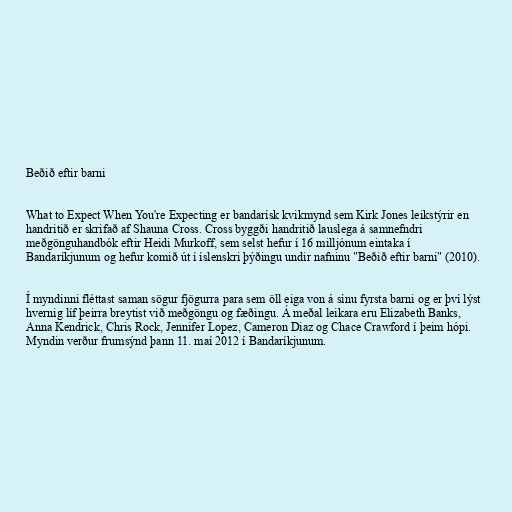
Beðið eftir barni

What to Expect When You're Expecting er bandarísk kvikmynd sem Kirk Jones leikstýrir en
handritið er skrifað af Shauna Cross. Cross byggði handritið lauslega á samnefndri
meðgönguhandbók eftir Heidi Murkoff, sem selst hefur í 16 milljónum eintaka í
Bandaríkjunum og hefur komið út í íslenskri þýðingu undir nafninu "Beðið eftir barni" (2010).

Í myndinni fléttast saman sögur fjögurra para sem öll eiga von á sínu fyrsta barni og er því lýst
hvernig líf þeirra breytist við meðgöngu og fæðingu. Á meðal leikara eru Elizabeth Banks,
Anna Kendrick, Chris Rock, Jennifer Lopez, Cameron Diaz og Chace Crawford í þeim hópi.
Myndin verður frumsýnd þann 11. maí 2012 í Bandaríkjunum.